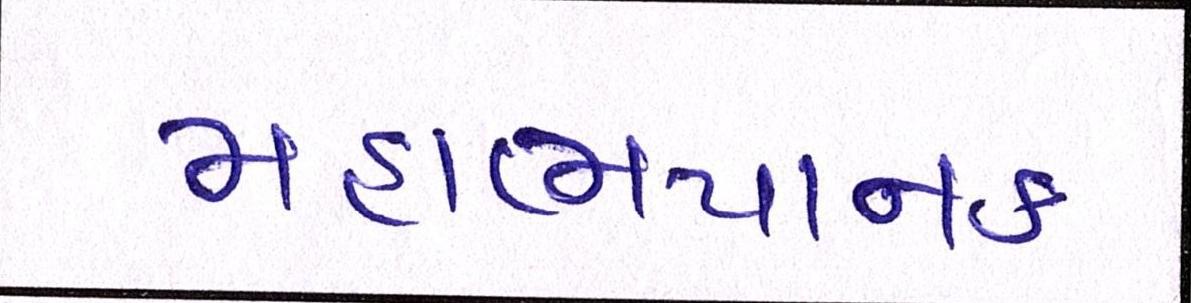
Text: મહાભયાનક